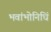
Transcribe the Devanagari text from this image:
भवांभोनिधिं